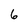
Character: 6